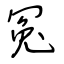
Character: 冤